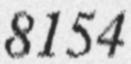
8154